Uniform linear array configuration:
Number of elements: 32
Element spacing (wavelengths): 0.25
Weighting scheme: exponential
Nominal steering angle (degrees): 0
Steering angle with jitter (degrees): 0.5481
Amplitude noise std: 0.05
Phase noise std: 0.05

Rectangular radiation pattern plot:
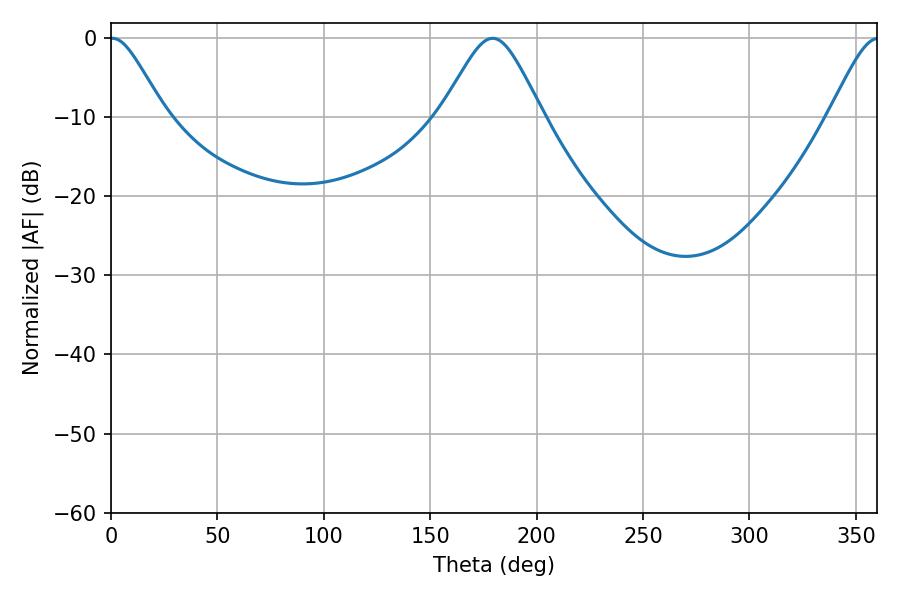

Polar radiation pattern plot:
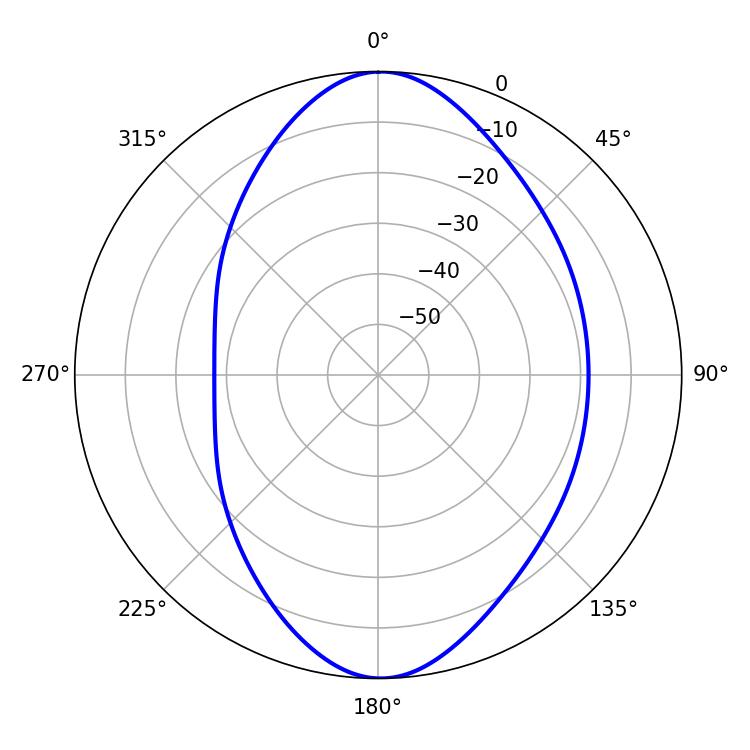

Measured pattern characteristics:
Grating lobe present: FALSE
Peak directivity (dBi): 16.124
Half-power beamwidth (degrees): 12.42
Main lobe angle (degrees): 0.72